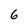
Character: 6